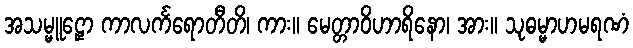
အသမ္မူဠှော ကာလင်္ကရောတီတိ၊ ကား။ မေတ္တာဝိဟာရိနော၊ အား။ သုဓမ္မာဟမရဏံ